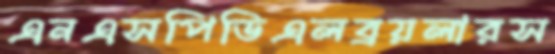
এনএসপিডিএলব্রয়লারস